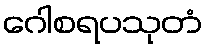
ဂေါစရပသုတံ